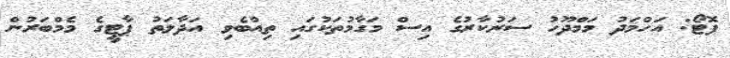
ފޮޓޯ: އަހްމަދު މަމްދޫހު ސަރުކާރުގެ އިސް މަގާމުތަކުގައި ތިއްބެވި އަދާލަތު ޕާޓީގެ މެމްބަރުން